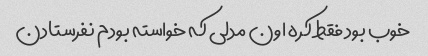
خوب بود فقط کره اون مدلی که خواسته بودم نفرستادن